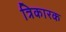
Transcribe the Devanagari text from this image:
त्रिकारक